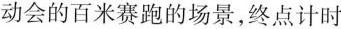
动会的百米赛跑的场景，终点计时